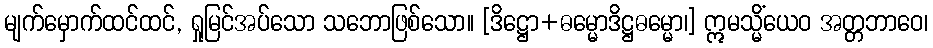
မျက်မှောက်ထင်ထင်, ရှုမြင်အပ်သော သဘောဖြစ်သော။ [ဒိဋ္ဌော+ဓမ္မောဒိဋ္ဌဓမ္မော၊] ဣမသ္မိံယေဝ အတ္တဘာဝေ၊